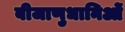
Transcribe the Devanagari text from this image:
बीजाणुधानिओं